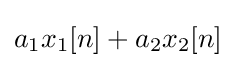
a_{1}x_{1}[n]+a_{2}x_{2}[n]